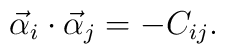
\vec{\alpha}_i \cdot \vec{\alpha}_j = -C_{ij}.